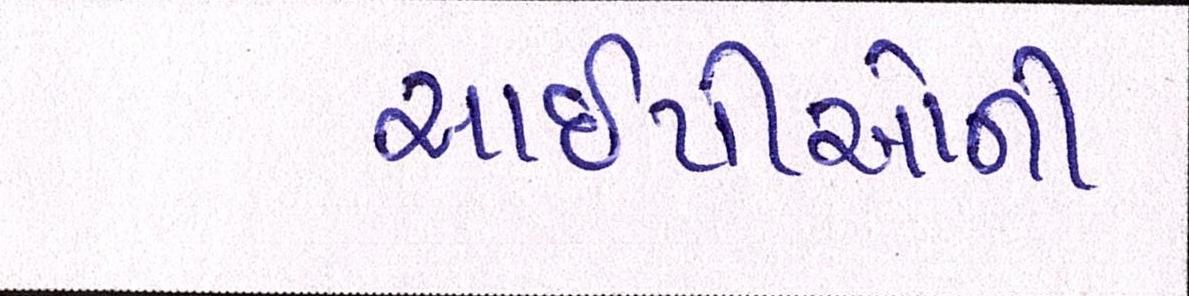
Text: આઇપીઓની